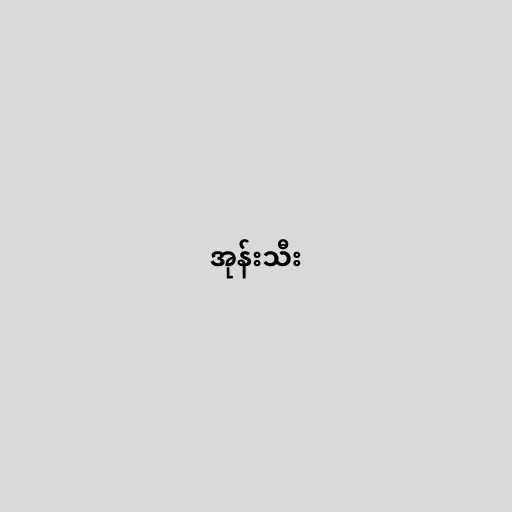
အုန်းသီး